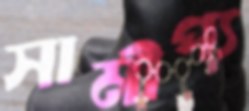
সামীপ্য